Indian journal of veterinary science and animal husbandry - Volume 11,
Year: 1941
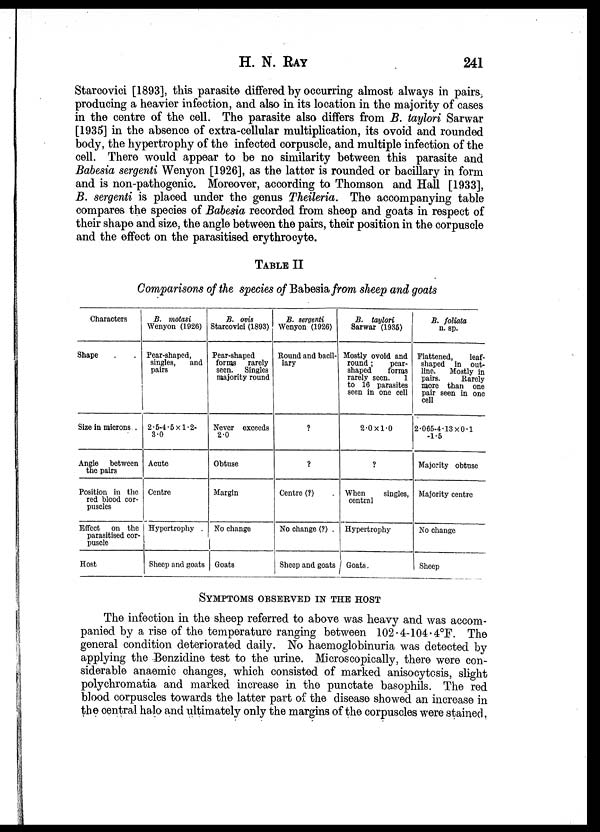
H. N.
RAY
241
Starcovici [1893], this parasite differed by occurring almost always in pairs,
producing a heavier infection, and also in its location in the majority of cases
in the centre of the cell. The parasite also differs from B. taylori Sarwar
[1935] in the absence of extra-cellular multiplication, its ovoid and rounded
body, the hypertrophy of the infected corpuscle, and multiple infection of the
cell. There would appear to be no similarity between this parasite and
Babesia sergenti Wenyon [1926], as the latter is rounded or bacillary in form
and is non-pathogenic. Moreover, according to Thomson and Hall [1933],
B. sergenti is placed under the genus Theileria. The accompanying table
compares the species of Babesia recorded from sheep and goats in respect of
their shape and size, the angle between the pairs, their position in the corpuscle
and the effect on the parasitised erythrocyte.
TABLE II
Comparisons of the species of Babesia from sheep and goats
Characters
Shape . .
Size in microns .
Angle between
the pairs
Position in the
red blood cor-
puscles
Effect on the
parasitised cor-
puscle
Host
B. motasi
Wenyon (1926)
Pear-shaped,
singles,
and
pairs
2.5-4.5×1.2-
3.0
Acute
Centre
Hypertrophy
Sheep and goats
B. ovis
Starcovici (1893)
Pear-shaped
forms rarely
seen. Singles
majority round
Never exceeds
2.0
Obtuse
Margin
No change
Goats
B. sergenti
Wenyon (1926)
Round and bacil-
lary
?
?
Centre (?) .
No change (?) .
Sheep and goats
B. taylori
Sarwar (1935)
Mostly ovoid and
round;
pear-
shaped
forms
rarely seen.
1
to 16 parasites
seen in one cell
2.0×1.0
?
When
singles,
central
Hypertrophy
Goats.
B. foliata
n. sp.
Flattened,
leaf-
shaped in out-
line.
Mostly in
pairs.
Rarely
more than one
pair seen in one
cell
2.065-4.13×0.1
-1.5
Majority obtuse
Majority centre
No change
Sheep
SYMPTOMS OBSERVED IN THE HOST
The infection in the sheep referred to above was heavy and was accom-
panied by a rise of the temperature ranging between 102.4-104.4°F. The
general condition deteriorated daily. No haemoglobinuria was detected by
applying the Benzidine test to the urine. Microscopically, there were con-
siderable anaemic changes, which consisted of marked anisocytesis, slight
polychromatia and marked increase in the punctate basophils. The red
blood corpuscles towards the latter part of the disease showed an increase in
the central halo and ultimately only the margins of the corpuscles were stained.